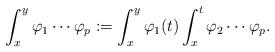
LaTeX: \begin{align*} \int_x^y \varphi_1\cdots \varphi_p:=\int_x^y\varphi_1(t)\int_x^t\varphi_2\cdots \varphi_p. \end{align*}